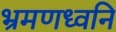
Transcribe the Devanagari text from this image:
भ्रमणध्वनि